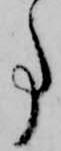
事